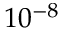
1 0 ^ { - 8 }